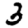
Digit: 3